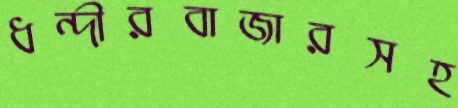
ধন্দীরবাজারসহ